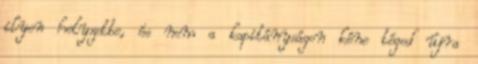
ilyen helyzetbe, és nem a kapitányságon kéne téged újra